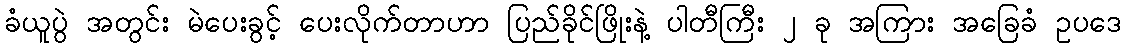
ခံယူပွဲ အတွင်း မဲပေးခွင့် ပေးလိုက်တာဟာ ပြည်ခိုင်ဖြိုးနဲ့ ပါတီကြီး ၂ ခု အကြား အခြေခံ ဥပဒေ